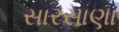
સારસાણા